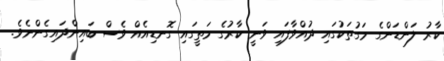
ކާރު ލަންޑަންގެ މަގުތަކުގައި ދުއްވާފައި ވަނީ ކާރުގެ މަތީގައި ގޮނޑިއެއް ވެސް ބައިންދައިގެންނެވެ.